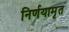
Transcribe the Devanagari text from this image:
निर्णयामृत